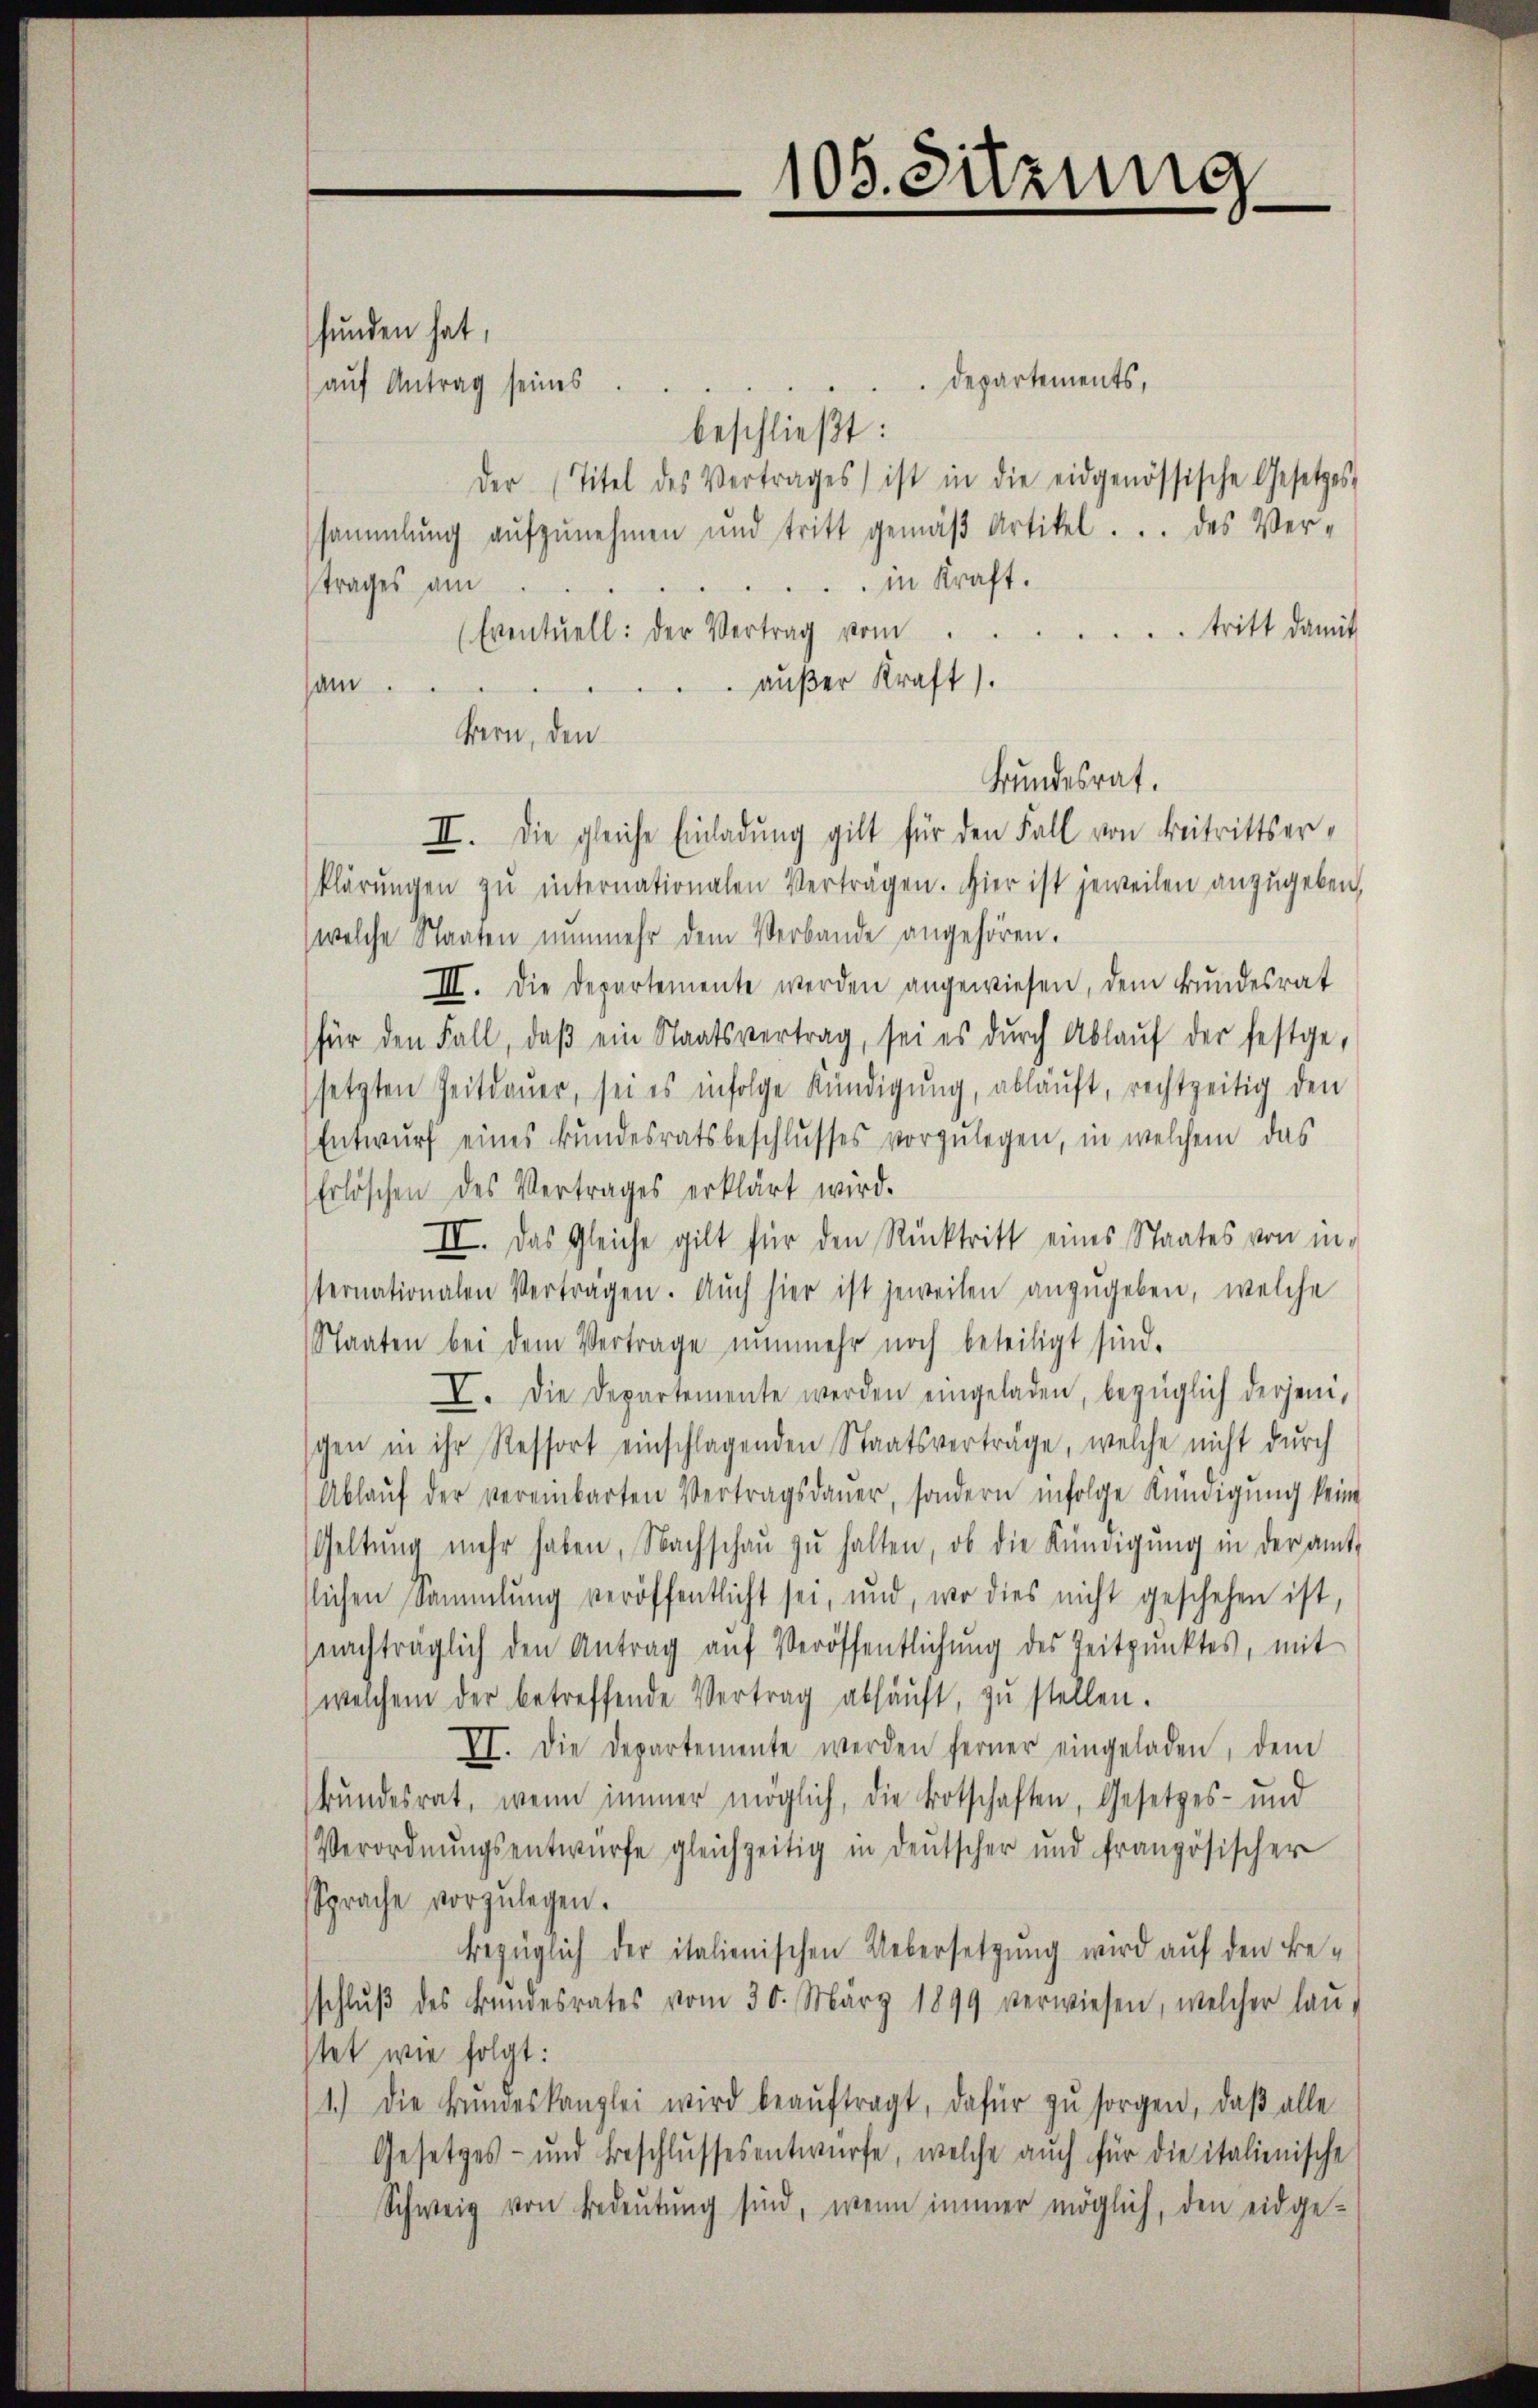
funden hat,
Departements,
aŭf Antrag seines
beschließt:
der Titel des Vertrages ist in die eidgenössische Gesetzes
sammlung aŭfzŭnehmen und tritt gemäβ Artikel . .. des Ver-
in Kraft.
trages am
tritt damit
(Eventuell: der Vertrag vom
aŭβer Kraft).
sam
Bern, den
Bundesrat.
II. Die gleiche Einladung gilt für den Fall von Beitrittserklärŭngen zŭ internationalen Verträgen. Hier ist jeweilen anzŭgeben,
welche Staaten nŭnmehr dem Verbande angehören.
III. Die Departemente werden angewiesen, dem Bŭndesrat
für den Fall, daβ ein Staatsvertrag, sei es dŭrch Ablaŭf der festge-
setzten Zeitdauer, sei es infolge Kündigŭng, abläuft, rechtzeitig den
Entwurf eines Bundesratsbeschlusses vorzulegen, in welchem das
Erlöschen des Vertrages erklärt wird.
II. Das Gleiche gilt für den Rücktritt eines Staates von in-
sternationalen Verträgen. Auch hier ist jeweilen anzŭgeben, welche
Staaten bei dem Vertrage nŭnmehr noch beteiligt sind.
II. Die Departemente werden eingeladen, bezüglich derjenischen in ihr Ressort einschlagenden Staatsverträge, welche nicht durch
Ablaŭf der vereinbarten Vertragsdaŭer, sondern infolge Kündigŭng keine
Geltŭng mehr haben, Nachschaŭ zŭ halten, ob die Kündigŭng in der amt-
tlichen Sammlung veröffentlicht sei, und, wo dies nicht geschehen ist,
(nachträglich den Antrag aŭf Veröffentlichung des Zeitpunktes, mit
welchem der betreffende Vertrag abhäŭft, zu stellen.
VI. Die Departemente werden ferner eingeladen, dem
bŭndesrat, wenn immer möglich, die Botschaften, Gesetzes- und
Verordnŭngsentwürfe gleichzeitig in deŭtscher und französischer
Sprache vorzulegen.
bezüglich der italienischen Uebersetzung wird auf den Beschlŭβ des Bundesrates vom 30. März 1899 verwiesen, welcher laŭ-
stet wie folgt:
1.) Die Bŭndeskanzlei wird beaŭftragt, dafür zŭ sorgen, daβ alle
Gesetzes- und Beschlŭssesentwürfe, welche auch für die italienische
Schweig von Bedeŭtŭng sind, wenn immer möglich, den eidge-

108. Sitzung